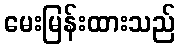
မေးမြန်းထားသည်